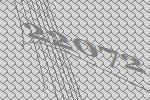
22072